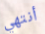
أنتهي